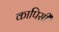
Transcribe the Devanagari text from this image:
कापिसी